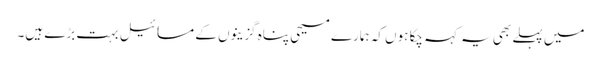
میں پہلے بھی یہ کہہ چکا ہوں کہ ہمارے مسیحی پناہ گزینوں کے مسائیل بہت بڑے ہیں۔